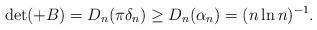
LaTeX: \begin{align*}&\det(+B)=D_n(\pi\delta_n)\geq D_n(\alpha_n)=(n\ln n)^{-1}.\end{align*}